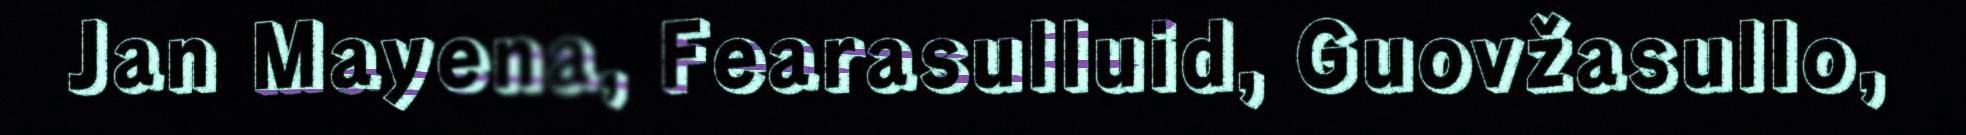
Jan Mayena, Fearasulluid, Guovžasullo,